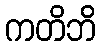
ကတိဘိ